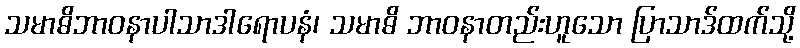
သမာဓိဘာဝနာပါသာဒါရောပနံ၊ သမာဓိ ဘာဝနာတည်းဟူသော ပြာသာဒ်ထက်သို့